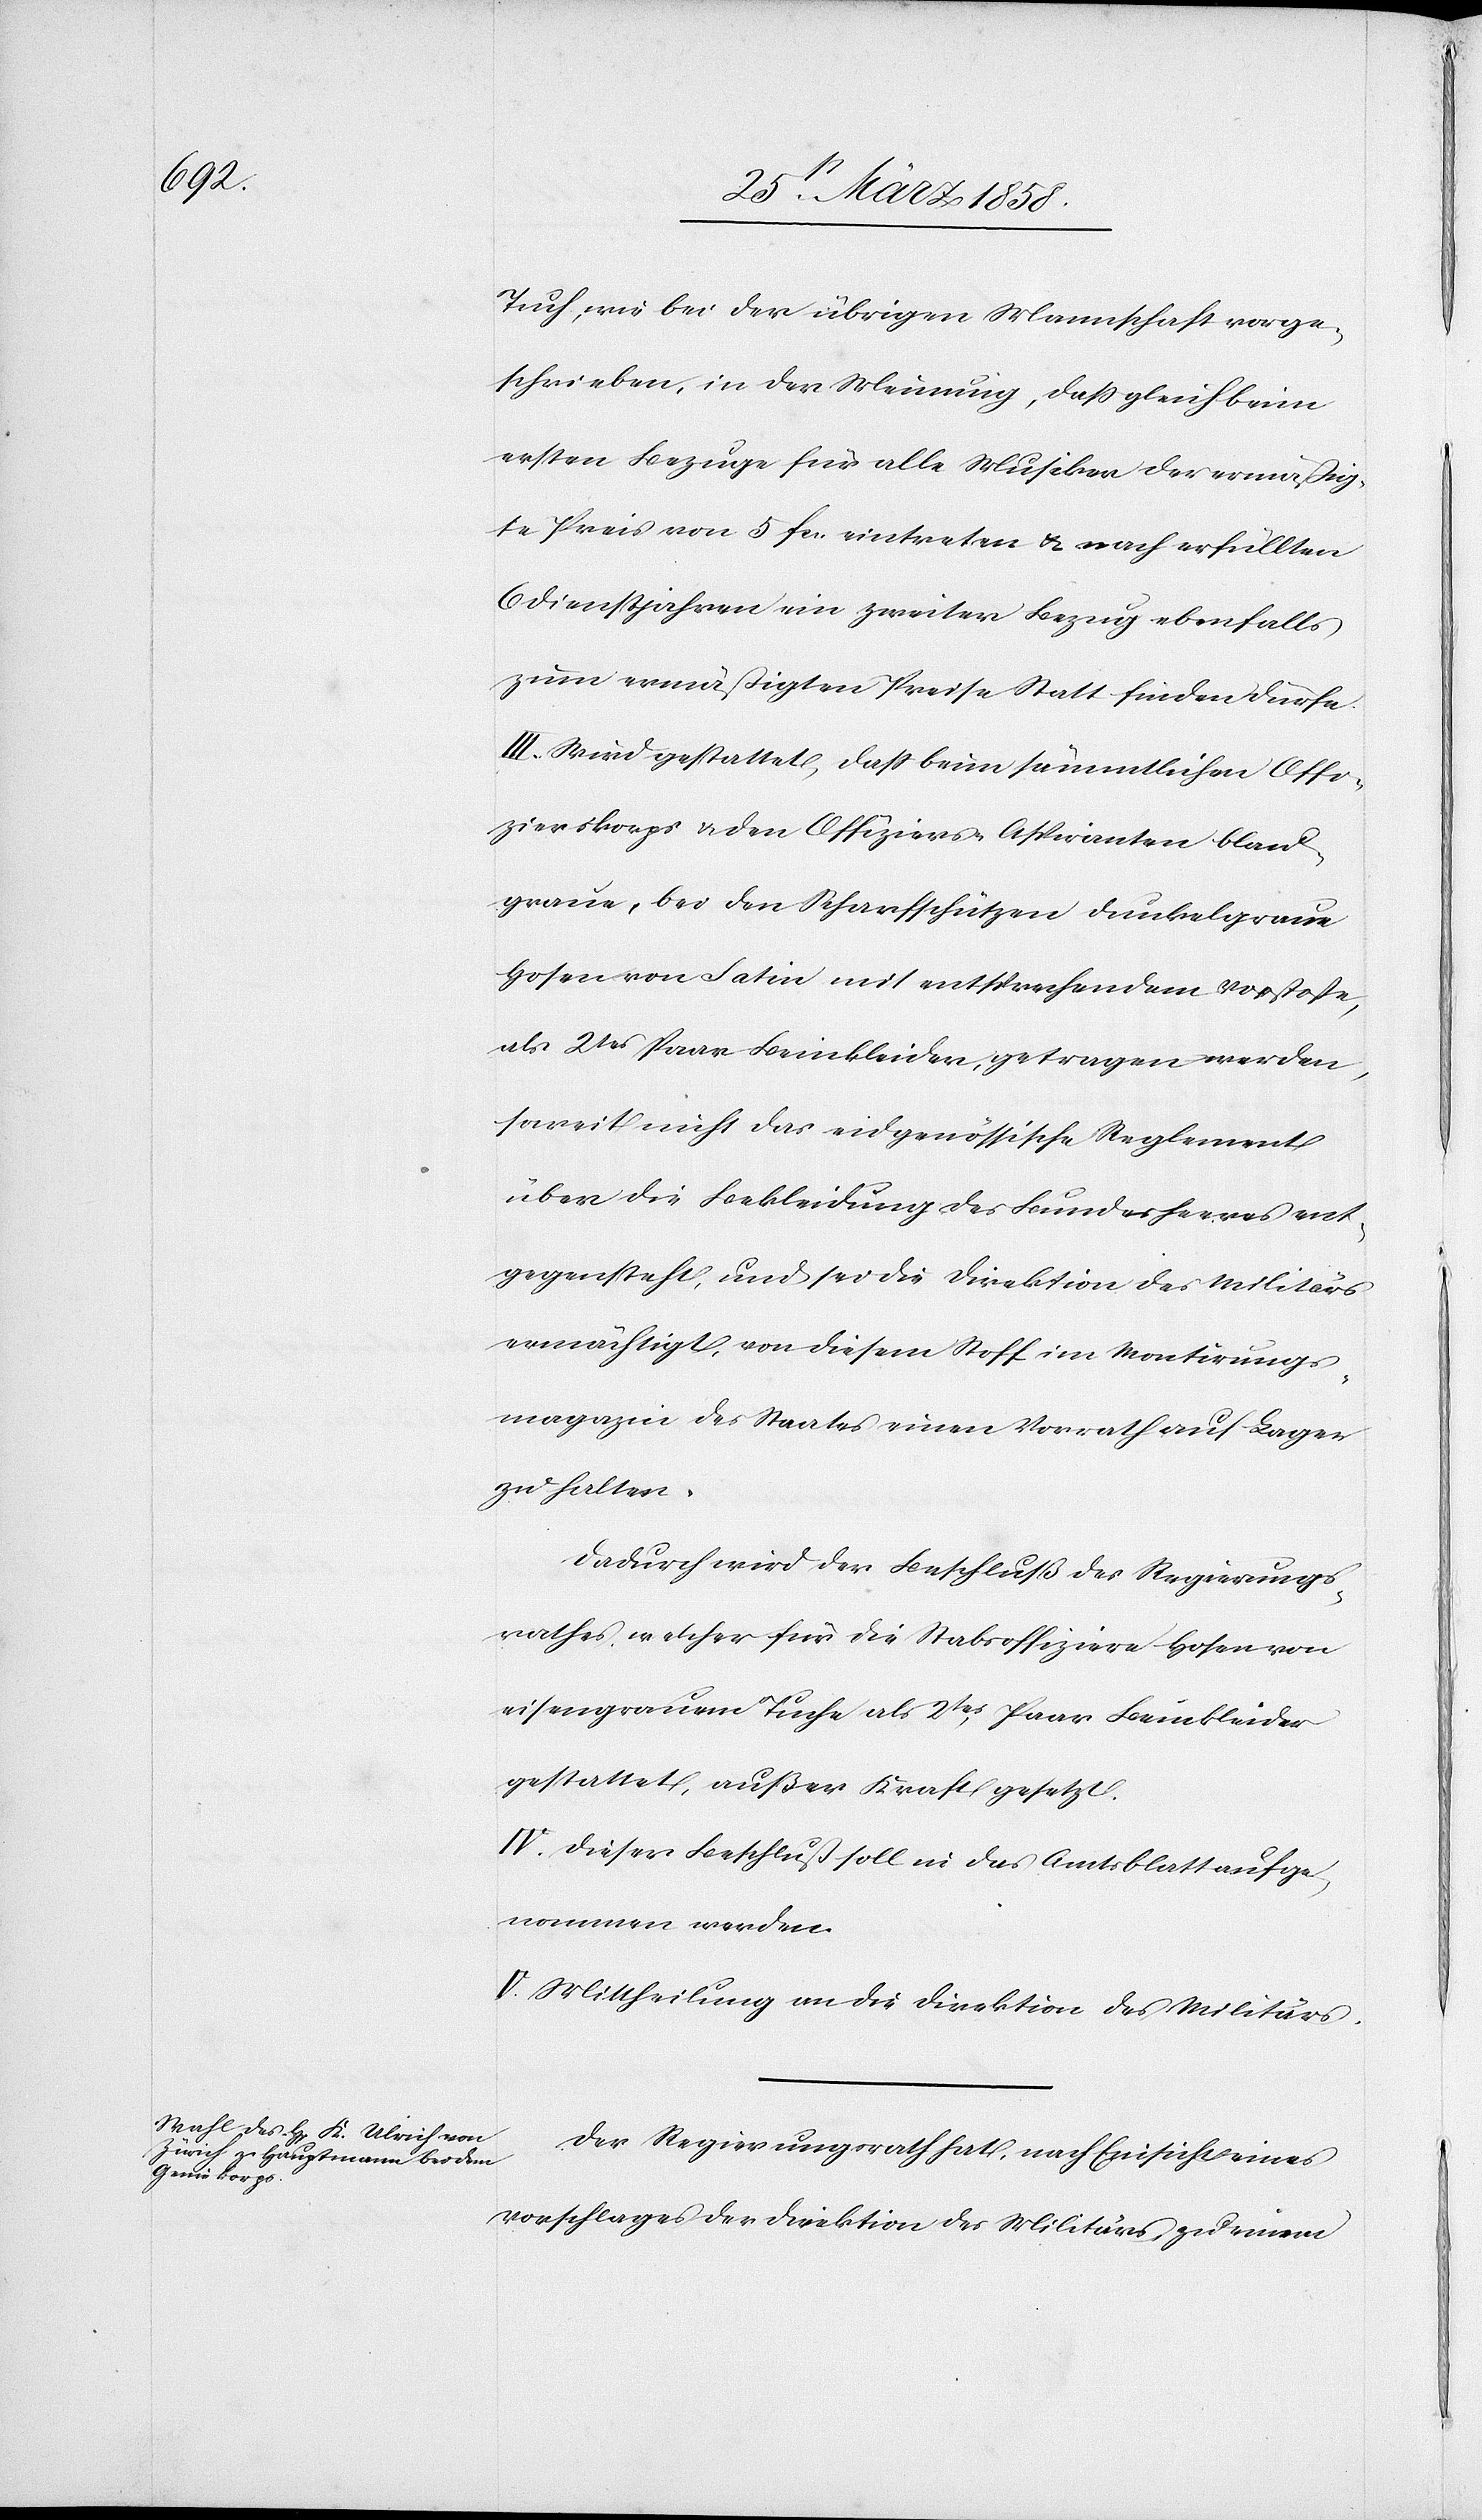
Tuch, wie bei der übrigen Mannschaft vorge¬
schrieben, in der Meinung, daß gleich beim
ersten Bezuge für alle Musiker der ermäßig¬
te Preis von 5 fcs. eintreten u. nach erfüllten
6 Dienstjahren ein zweiter Bezug ebenfalls
zum ermäßigten Preise Statt finden dürfe.
III. Wird gestattet, daß beim sämmtlichen Offi¬
zierskorps u. den Offiziers-Aspiranten blau¬
graue, bei den Scharfschützen dunkelgraue
Hosen von Satin mit entsprechendem Vorstoße,
als 2tes Paar Beinkleider, getragen werden,
soweit nicht das eidgenössische Reglement
über die Bekleidung des Bundesheeres ent¬
gegensteht, und sei die Direktion des Militärs
ermächtigt, von diesem Stoff im Montirungs¬
magazin des Staates einen Vorrath auf Lager
zu halten.
Dadurch wird der Beschluß des Regierungs¬
rathes, welcher für die Stabsoffiziere Hosen von
eisengrauem Tuche als 2tes Paar Beinkleider
gestattet, außer Kraft gesetzt.
IV. Dieser Beschluß soll in das Amtsblatt aufge¬
nommen werden.
V. Mittheilung an die Direktion des Militärs
Der Regierungsrath hat, nach Einsicht eines
Vorschlages der Direktion des Militärs zu einem